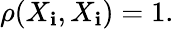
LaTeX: \rho(X_{\mathbf{i}},X_{\mathbf{i}})=1.